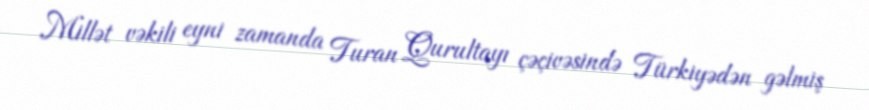
Millət vəkili eyni zamanda Turan Qurultayı çəçivəsində Türkiyədən gəlmiş